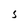
Character: S